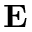
\mathbf { E }